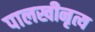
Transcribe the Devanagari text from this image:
पालखीनृत्य